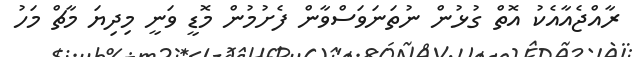
ރާއްޖެއާއެކު އޮތް ގުޅުން ނުތަނަވަސްވާން ފެށުމުން މޮޑީ ވަނީ މިދިޔަ މާޗް މަހު